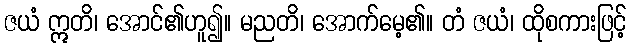
ဇယံ ဣတိ၊ အောင်၏ဟူ၍။ မညတိ၊ အောက်မေ့၏။ တံ ဇယံ၊ ထိုစကားဖြင့်